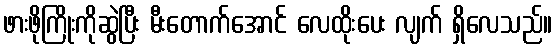
ဖားဖိုကြိုးကိုဆွဲပြီး မီးတောက်အောင် လေထိုးပေး လျက် ရှိလေသည်။